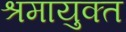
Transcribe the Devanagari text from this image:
श्रमायुक्त